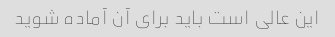
این عالی است باید برای آن آماده شوید